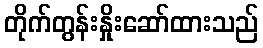
တိုက်တွန်းနှိုးဆော်ထားသည်